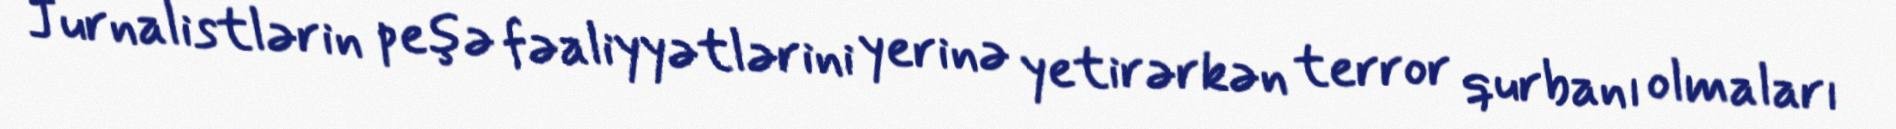
Jurnalistlərin peşə fəaliyyətlərini yerinə yetirərkən terror qurbanı olmaları